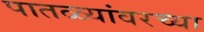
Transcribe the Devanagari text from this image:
पातळ्यांवरच्या